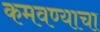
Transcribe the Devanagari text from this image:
कमवण्याचा